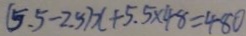
( 5 . 5 - 2 . 5 ) x + 5 . 5 \times 4 8 = 4 8 0